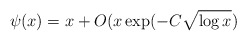
\begin{align*}\psi(x)=x +O(x\exp(-C\sqrt{\log x})\end{align*}